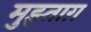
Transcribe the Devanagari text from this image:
मुझ्ताग़